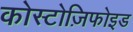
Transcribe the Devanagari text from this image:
कोस्टोज़िफोइड